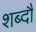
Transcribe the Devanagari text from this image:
शब्दौं